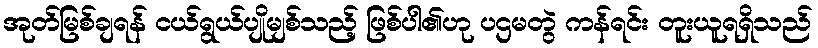
အုတ်မြစ်ချရန် ငယ်ရွယ်ပျိုမျစ်သည့် ဖြစ်ပါ၏ဟု ပဌမတွဲ ကန်ရင်း တူးယူရရှိသည်